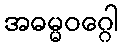
အဓမ္မဝဂ္ဂေါ